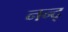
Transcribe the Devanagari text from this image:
नन्द्